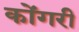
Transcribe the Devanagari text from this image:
कोंगरी